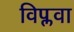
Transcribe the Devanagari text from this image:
विप्लवा